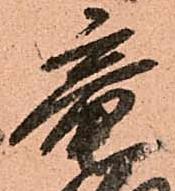
竜